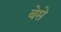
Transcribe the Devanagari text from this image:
बेसे